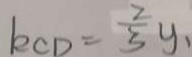
k _ { C D } = \frac { 2 } { 3 } y _ { 1 }